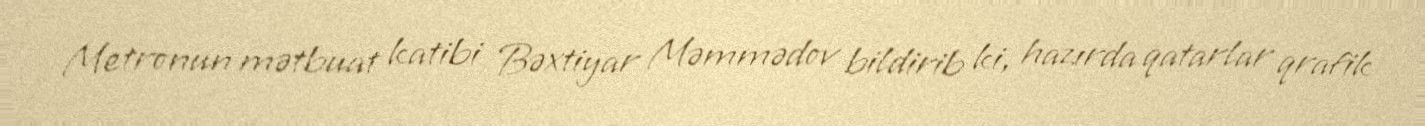
Metronun mətbuat katibi Bəxtiyar Məmmədov bildirib ki, hazırda qatarlar qrafik